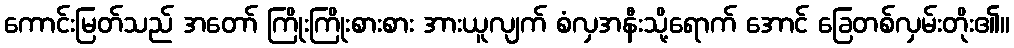
ကောင်းမြတ်သည် အတော် ကြိုးကြိုးစားစား အားယူလျက် စံလှအနီးသို့ရောက် အောင် ခြေတစ်လှမ်းတိုး၏။